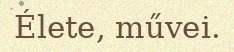
Élete, művei.